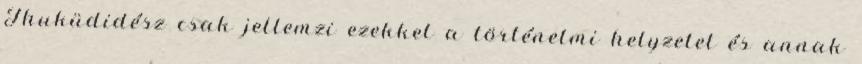
Thuküdidész csak jellemzi ezekkel a történelmi helyzetet és annak